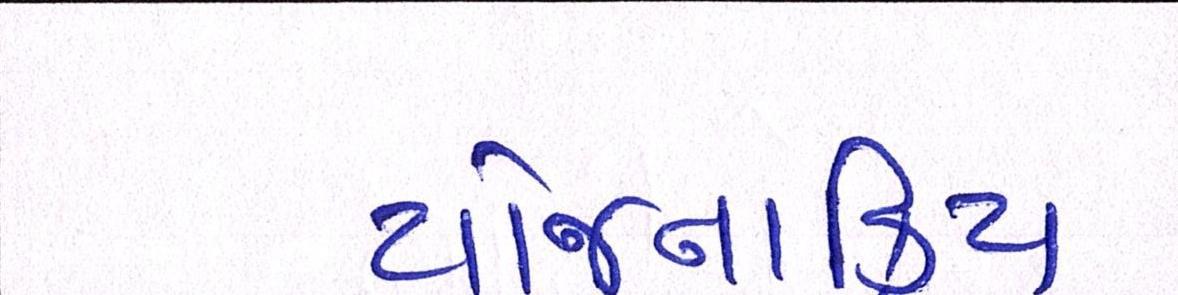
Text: યોજનાકિય